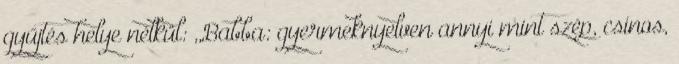
gyűjtés helye nélkül: ,,Babba: gyermeknyelven annyi mint szép, csinos,